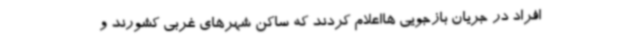
افراد در جریان بازجویی هااعلام کردند که ساکن شهرهای غربی کشورند و